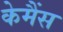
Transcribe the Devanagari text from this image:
केमैंस